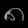
Digit: ၈